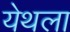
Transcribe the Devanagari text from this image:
येथला